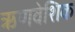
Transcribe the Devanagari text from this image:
ऋणवेशिक